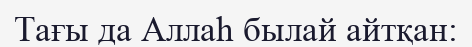
Тағы да Аллаһ былай айтқан: